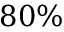
8 0 \%